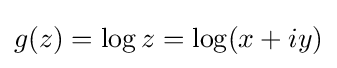
g(z)=\log z=\log(x+iy)